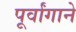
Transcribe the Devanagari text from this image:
पूर्वांगाने